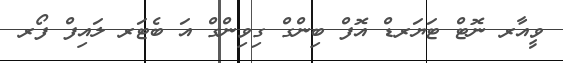
ވީއާރ ނޮޓް ޓަޔަރޑް އޮފް ބިންގް ގިވިންގް އަ ބެޓަރ ލައިފް ފޯރ